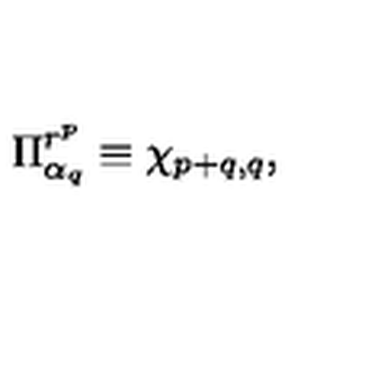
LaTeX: \Pi _ { \alpha _ { q } } ^ { r ^ { p } } \equiv \chi _ { p + q , q } ,